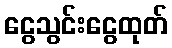
ငွေသွင်းငွေထုတ်